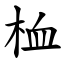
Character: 桖